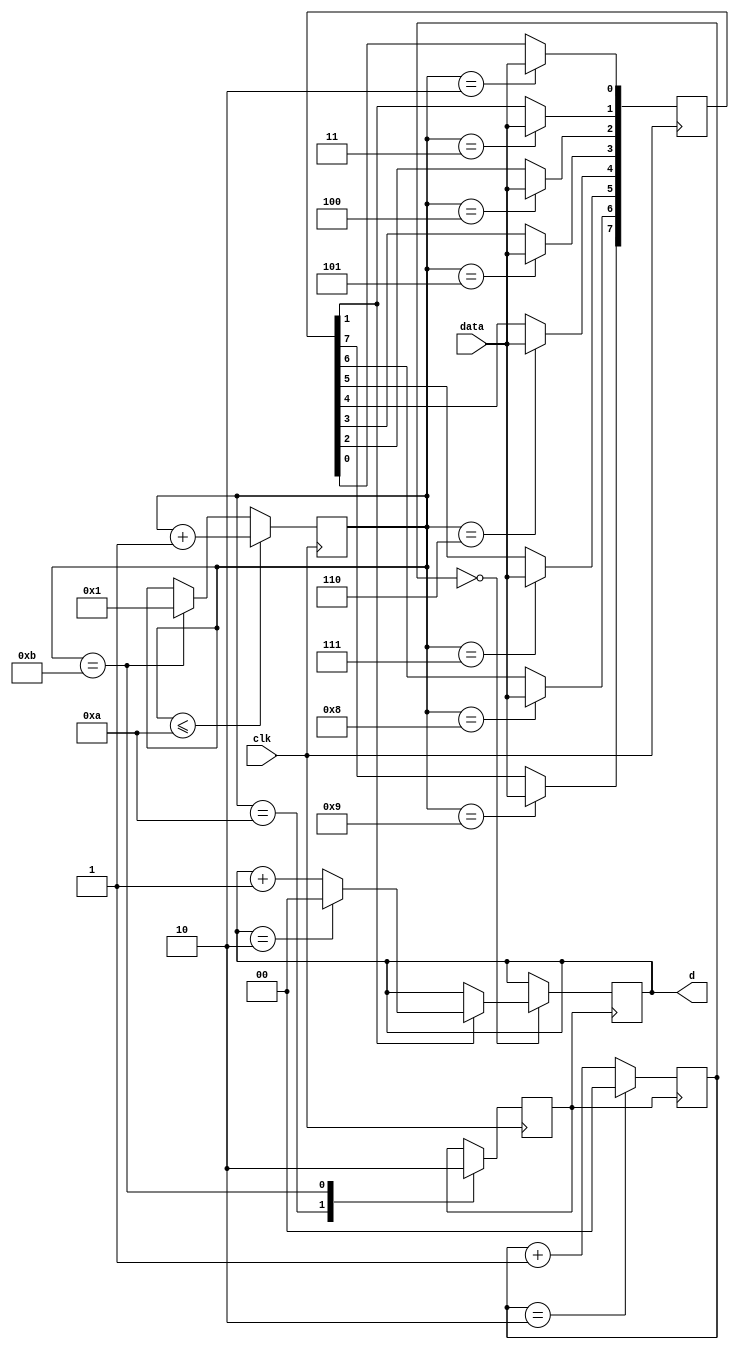
`timescale 1ns / 1ps
//////////////////////////////////////////////////////////////////////////////////
// Company: 
// Engineer: 
// 
// Design Name: 
// Module Name:    kb_verilog 
// Project Name: 
// Target Devices: 
// Tool versions: 
// Description: 
//
// Dependencies: 
//
// Revision: 
// Revision 0.01 - File Created
// Additional Comments: 
//
//////////////////////////////////////////////////////////////////////////////////
module mouse(
	input wire clk, // Clock pin form keyboard
	input wire data, //Data pin form keyboard
	output reg [1:0] d
);

reg [7:0] data_curr;
reg [3:0] b;
reg [1:0] c1;
reg flag;

initial
begin
	c1 <= 0;
	flag<=1'b0;
	data_curr<=8'hf0;
end

always @(negedge clk) //Activating at negative edge of clock from keyboard
begin
case(b)
	1:; //first bit
	2:data_curr[0]<=data;
	3:data_curr[1]<=data;
	4:data_curr[2]<=data;
	5:data_curr[3]<=data;
	6:data_curr[4]<=data;
	7:data_curr[5]<=data;
	8:data_curr[6]<=data;
	9:data_curr[7]<=data;
	10:flag<=1'b1; //Parity bit
	11:flag<=1'b0; //Ending bit
endcase
 if(b<=10)
	b <= b+1;
 else if(b==11)
	b <= 1;
end

always@(posedge flag) // Printing data obtained to led
begin
	if(c1 == 2)
		c1 <= 0;
	else	
		c1 <= c1+1;	
	if(c1 == 0)	
		if(data_curr[1] == 1) 
			if(d == 2)
				d <= 0;
			else	
				d <= d+1;	
end 	

endmodule